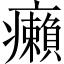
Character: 癩